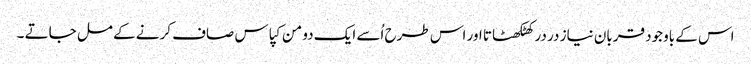
اس کے باوجود قربان نیاز در در کھٹکھٹاتا اور اس طرح اُسے ایک دو من کپاس صاف کرنے کے مل جاتے ۔